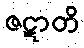
ဇဋာတိ